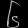
Digit: ၆